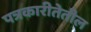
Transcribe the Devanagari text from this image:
पत्रकारीतेतील